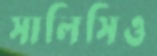
সালিসিও